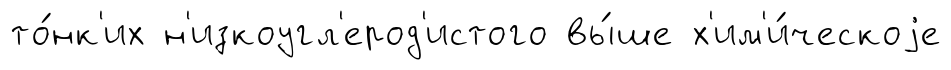
то́нк'их н'изкоугл'ерод'истого вы́ше х'им'и́ческоjе